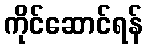
ကိုင်ဆောင်ရန်